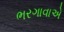
ભરગાવાએ